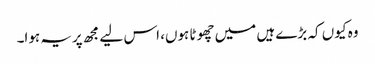
وہ کیوں کہ بڑے ہیں میں چھوٹا ہوں، اس لیے مجھ پریہ ہوا۔